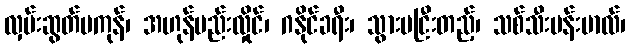
လှမ်းဆွတ်မကုန်၊ အဟုန်ပည်းလှိုင်၊ ဂနိုင်ခရီး၊ သွားမငြီးတည့်၊ သစ်သီးပန်းမာလ်၊